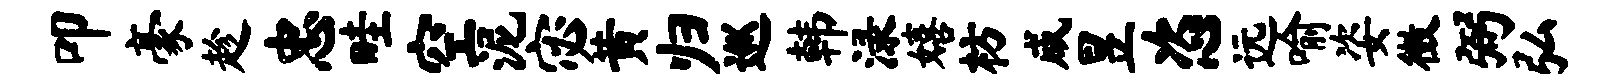
叩豪趁忠畦空泥宓黄归巡韩渌嬉枋咸昱恣远喻姿徵弼弘